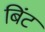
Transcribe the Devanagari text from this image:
बिंट